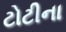
ટોટીના